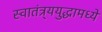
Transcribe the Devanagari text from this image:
स्वातंत्र्ययुद्धामध्ये